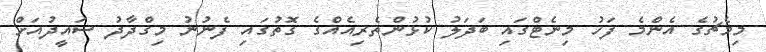
މިމެޗުގެ އެންމެ ފަހު މިނެޓްގައި ބަދަލު ކުޅުންތެރިއެއްގެ ގޮތުގައި ފެނުނު މިގްދާދު ސައީދުއަށް